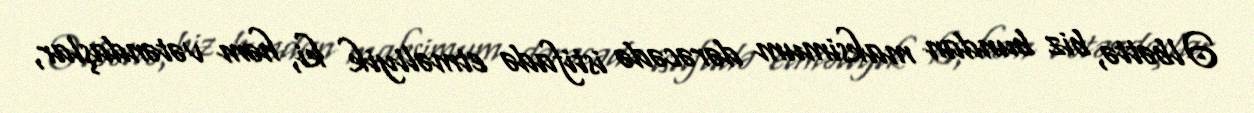
Əlbəttə, biz bundan maksimum dərəcədə istifadə etməliyik ki, həm vətəndaşlar,